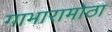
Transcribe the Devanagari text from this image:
गाभारामोठा